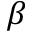
\beta